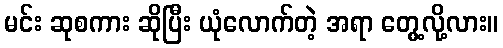
မင်း ဆုစကား ဆိုပြီး ယုံလောက်တဲ့ အရာ တွေ့လို့လား။